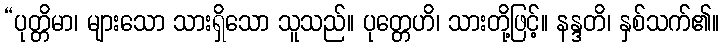
“ပုတ္တိမာ၊ များသော သားရှိသော သူသည်။ ပုတ္တေဟိ၊ သားတို့ဖြင့်။ နန္ဒတိ၊ နှစ်သက်၏။